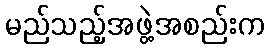
မည်သည့်အဖွဲ့အစည်းက